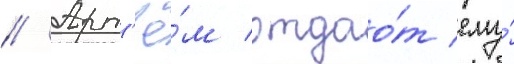
// Арт'ё́м отдао́т ему́